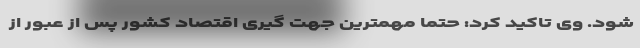
شود. وی تاکید کرد: حتماً مهمترین جهت گیری اقتصاد کشور پس از عبور از